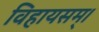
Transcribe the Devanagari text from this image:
विहायसम्।